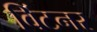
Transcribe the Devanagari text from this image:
विंटनर